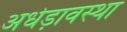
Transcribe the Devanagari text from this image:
अधेड़ावस्था